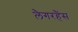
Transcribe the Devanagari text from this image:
लैगरहैंस